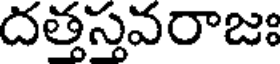
దత్తస్తవరాజః